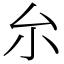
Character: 厼